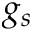
g _ { s }